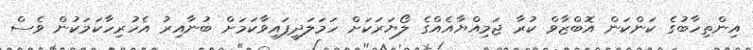
އިންތިހާބުގެ ކަންކަން އޮބްޒާވް ކުރާ ޖަމިއްޔާއެއްގެ ލޯޔަރަކަށް ހަމަލަދީފައިވާކަމަށް ބުނާއިރު އެހުރިހާކަމަކުން ވެސް